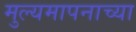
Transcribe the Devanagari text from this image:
मुल्यमापनाच्या